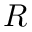
R